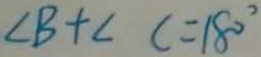
\angle B + \angle C = 1 8 0 ^ { \circ }